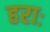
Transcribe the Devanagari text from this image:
हराः